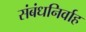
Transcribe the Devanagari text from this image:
संबंधनिर्वाह